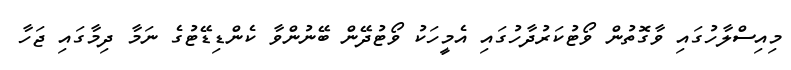
މިއިސްލާހުގައި ވާގޮތުން ވޯޓުކަރުދާހުގައި އެމީހަކު ވޯޓުދޭން ބޭނުންވާ ކެންޑިޑޭޓުގެ ނަމާ ދިމާގައި ޖަހާ